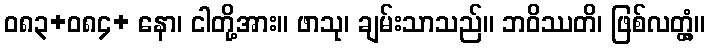
ဝ၈၃+၀၈၄+ နော၊ ငါတို့အား။ ဖာသု၊ ချမ်းသာသည်။ ဘဝိဿတိ၊ ဖြစ်လတ္တံ့။